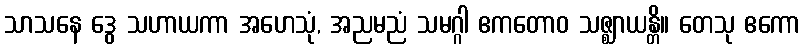
သာသနေ ဒွေ သဟာယကာ အဟေသုံ, အညမညံ သမဂ္ဂါ ဧကတောဝ သဇ္ဈာယန္တိ။ တေသု ဧကော